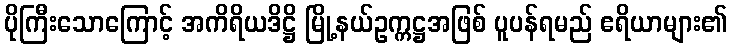
ပိုကြီးသောကြောင့် အကိရိယဒိဋ္ဌိ မြို့နယ်ဥက္ကဋ္ဌအဖြစ် ပူပန်ရမည် ဧရိယာများ၏